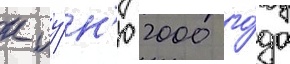
к иу́н'ю 2000 го́да